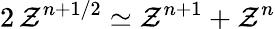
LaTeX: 2\, \mathcal{Z}^{n+1/2}\simeq\mathcal{Z}^{n+1}+\mathcal{Z}^{n}